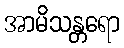
အာမိသန္တရော